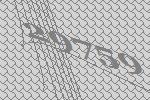
29759